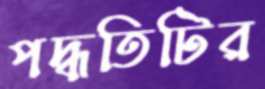
পদ্ধতিটির